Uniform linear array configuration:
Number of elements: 64
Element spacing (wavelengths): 0.25
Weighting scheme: hann
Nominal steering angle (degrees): -15
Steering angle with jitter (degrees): -16.207
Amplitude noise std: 0.05
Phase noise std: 0.05

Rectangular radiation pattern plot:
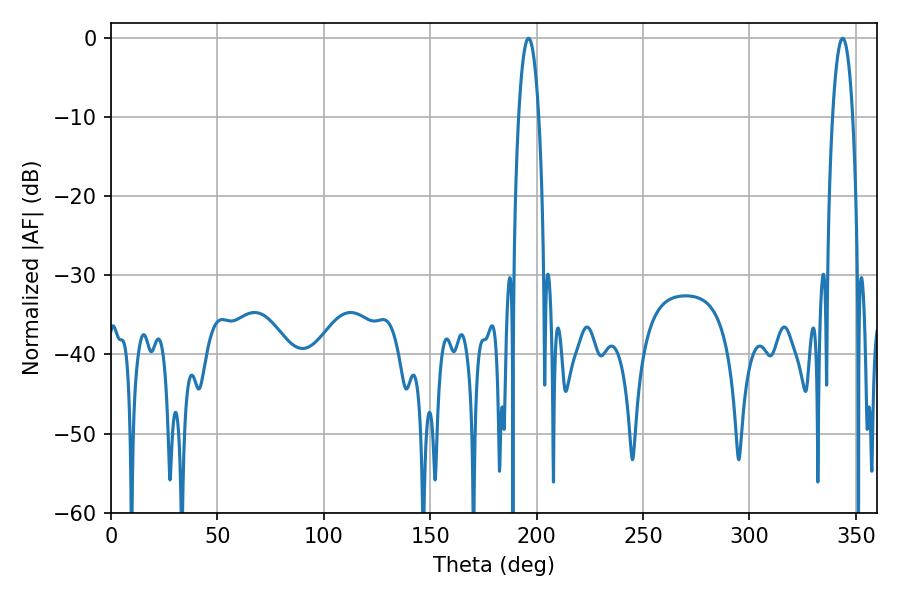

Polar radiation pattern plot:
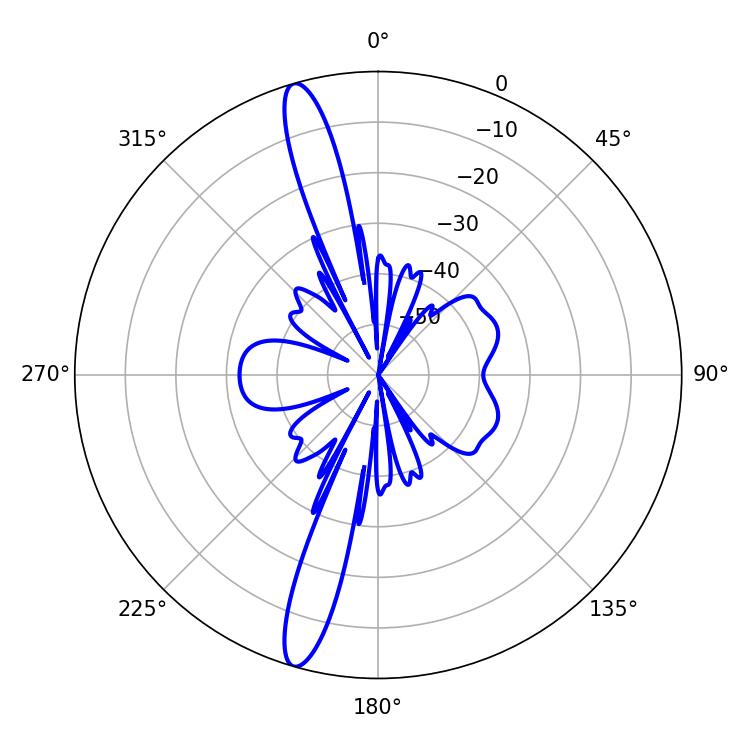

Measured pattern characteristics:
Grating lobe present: FALSE
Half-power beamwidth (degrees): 5.4
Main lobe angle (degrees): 343.8